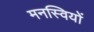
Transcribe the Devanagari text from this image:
मनस्वियों